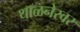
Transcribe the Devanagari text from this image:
थाळनेरवर